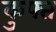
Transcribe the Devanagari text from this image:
कुफ्त